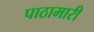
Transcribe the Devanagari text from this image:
पाठामारी